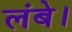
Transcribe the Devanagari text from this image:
लंबे।